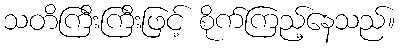
သတိကြီးကြီးဖြင့် စိုက်ကြည့်နေသည်။